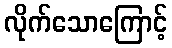
လိုက်သောကြောင့်